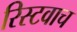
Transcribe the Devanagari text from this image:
रिस्टवाच